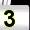
Digit: 3